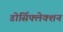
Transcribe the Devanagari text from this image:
डोर्सिफ्लेक्शन